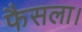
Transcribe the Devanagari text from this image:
फैसला।